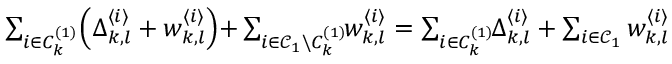
\begin{array} { r } { \sum _ { i \in C _ { k } ^ { ( 1 ) } } \Bigl ( \Delta _ { k , l } ^ { \langle i \rangle } + w _ { k , l } ^ { \langle i \rangle } \Bigl ) + \sum _ { i \in \mathcal { C } _ { 1 } \backslash C _ { k } ^ { ( 1 ) } } \! \! w _ { k , l } ^ { \langle i \rangle } = \sum _ { i \in C _ { k } ^ { ( 1 ) } } \! \! \Delta _ { k , l } ^ { \langle i \rangle } + \sum _ { i \in \mathcal { C } _ { 1 } } w _ { k , l } ^ { \langle i \rangle } } \end{array}